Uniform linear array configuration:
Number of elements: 8
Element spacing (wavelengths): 0.5
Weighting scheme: exponential
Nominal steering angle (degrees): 30
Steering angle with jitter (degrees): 28.208
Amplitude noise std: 0.05
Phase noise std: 0.05

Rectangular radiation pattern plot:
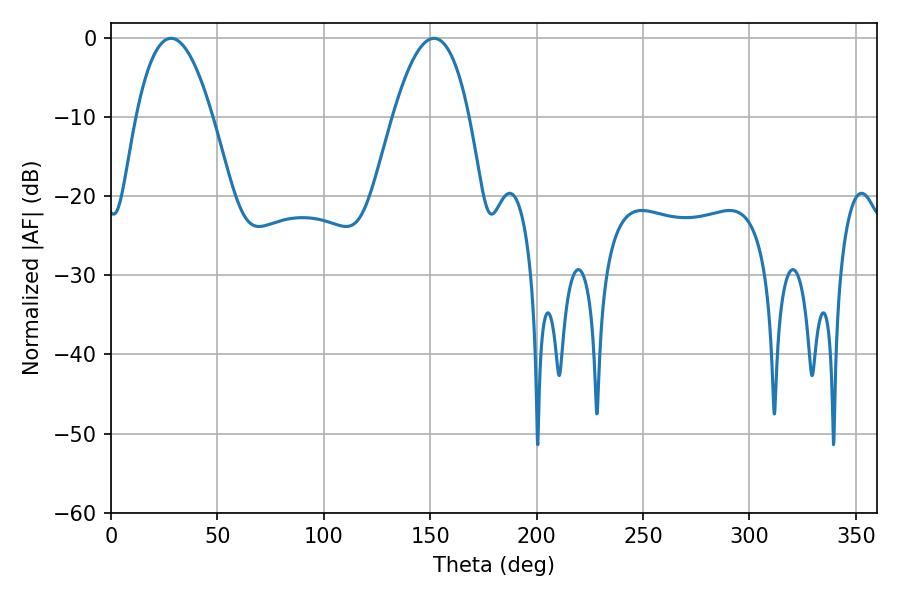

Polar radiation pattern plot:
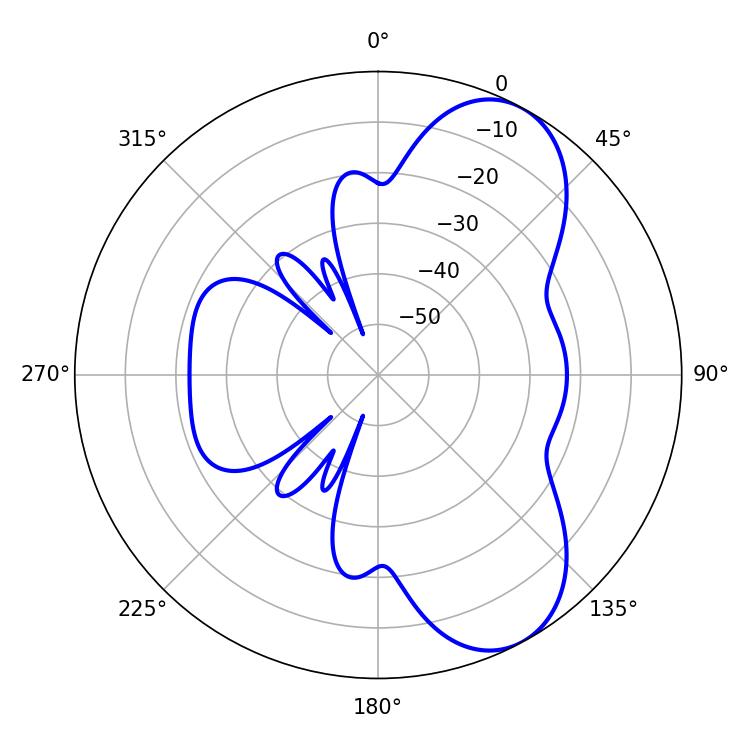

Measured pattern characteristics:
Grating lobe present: FALSE
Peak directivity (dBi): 7.496
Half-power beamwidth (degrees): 19.62
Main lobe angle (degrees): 28.26